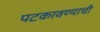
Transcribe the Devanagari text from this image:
पटकावण्याची